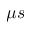
\mu s